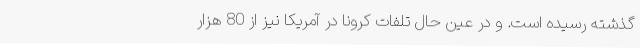
گذشته رسیده است. و در عین حال تلفات کرونا در آمریکا نیز از 80 هزار